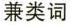
兼类词